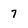
Character: 7